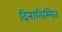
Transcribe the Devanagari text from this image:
दिनानिम्मित